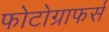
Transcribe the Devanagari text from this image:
फोटोग्राफर्स